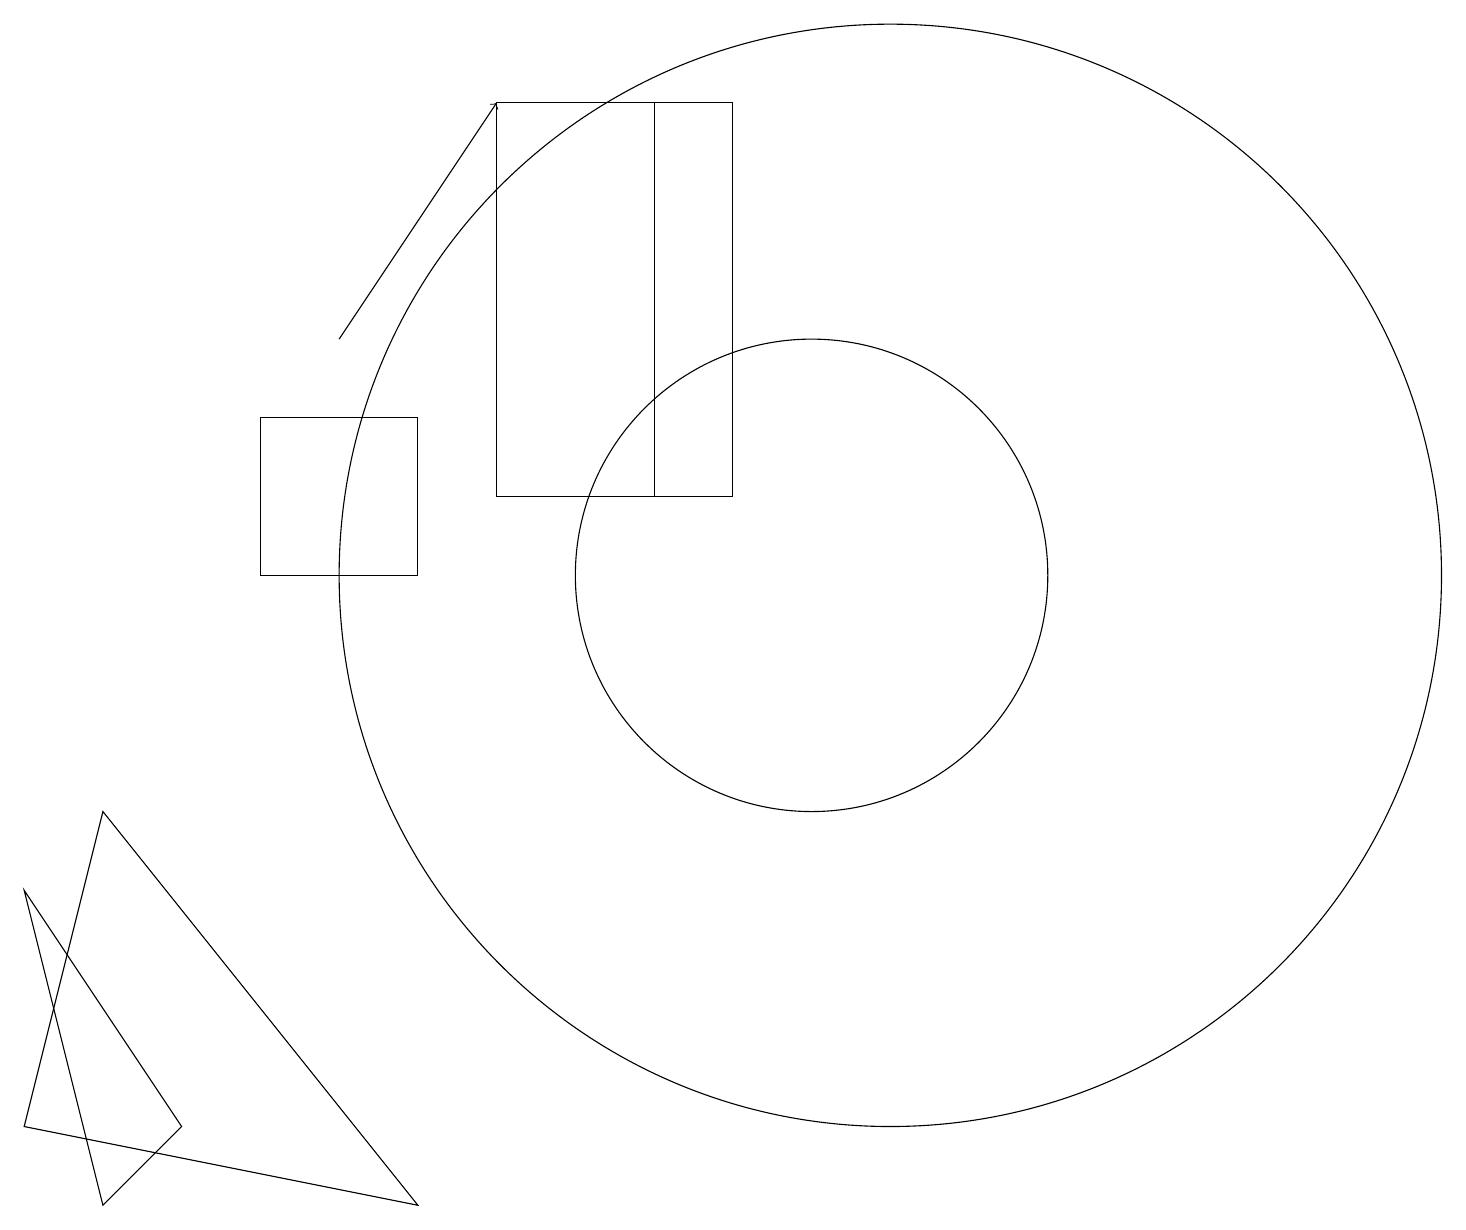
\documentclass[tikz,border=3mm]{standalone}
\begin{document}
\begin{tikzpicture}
\draw (10,12) circle (3);
\draw (9,13) rectangle (6,18);
\draw (2,5) -- (1,4) -- (0,8) -- cycle;
\draw (11,12) circle (7);
\draw (3,12) rectangle (5,14);
\draw (0,5) -- (1,9) -- (5,4) -- cycle;
\draw[->] (4,15) -- (6,18);
\draw (8,18) rectangle (9,13);
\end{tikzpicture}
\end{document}